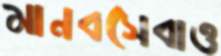
মানবসেবাও